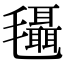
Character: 𣰼